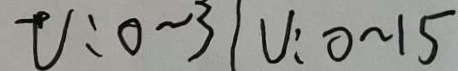
V : 0 \sim 3 / V : 0 \sim 1 5